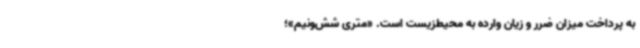
به پرداخت میزان ضرر و زیان وارده به محیط‌زیست است. «متری شش‌ونیم»؛